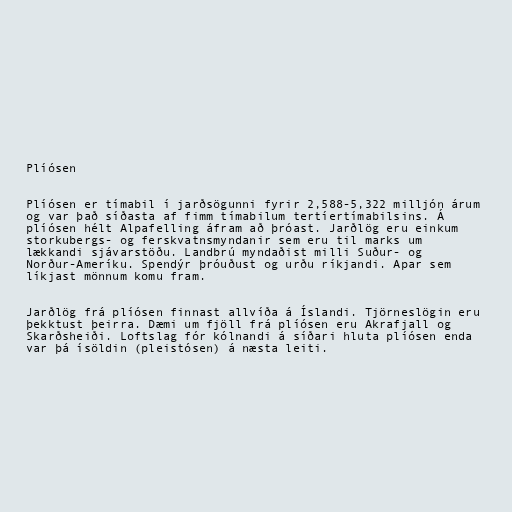
Plíósen

Plíósen er tímabil í jarðsögunni fyrir 2,588-5,322 milljón árum
og var það síðasta af fimm tímabilum tertíertímabilsins. Á
plíósen hélt Alpafelling áfram að þróast. Jarðlög eru einkum
storkubergs- og ferskvatnsmyndanir sem eru til marks um
lækkandi sjávarstöðu. Landbrú myndaðist milli Suður- og
Norður-Ameríku. Spendýr þróuðust og urðu ríkjandi. Apar sem
líkjast mönnum komu fram.

Jarðlög frá plíósen finnast allvíða á Íslandi. Tjörneslögin eru
þekktust þeirra. Dæmi um fjöll frá plíósen eru Akrafjall og
Skarðsheiði. Loftslag fór kólnandi á síðari hluta plíósen enda
var þá ísöldin (pleistósen) á næsta leiti.